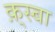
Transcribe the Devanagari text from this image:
क़्स्बा